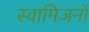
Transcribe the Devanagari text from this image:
स्वामिजनों